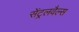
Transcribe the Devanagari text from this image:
सेंट्रलवैल्स